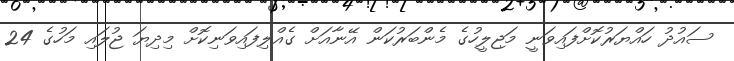
ސައުދު ހައްޔަރުކޮށްފައިވަނީ މަޖިލީހުގެ މެންބަރުކަން އޭނާއަށް ގެއްލިފައިވަނިކޮށް މިދިޔަ ޖުލައި މަހުގެ 24